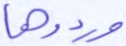
وردوها